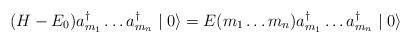
LaTeX: \begin{align*}(H-E_{0}) a^{\dagger}_{m_{1}} \ldots a^{\dagger}_{m_{n}}\mid 0 \rangle = E(m_{1} \ldots m_{n}) a^{\dagger}_{m_{1}} \ldots a^{\dagger}_{m_{n}}\mid 0 \rangle\end{align*}